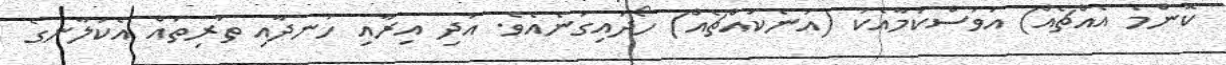
ކޮންމެ އެއްޗެއް) އަވަސްކަމާއެކު (އަނެކައްޗެއް) ހޯދައިގަނެއެވެ. އަދި އިރާއި ހަނދާއި ތަރިތައް އެކަލާނގެ